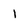
Character: 1